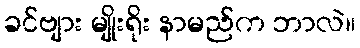
ခင်ဗျား မျိုးရိုး နာမည်က ဘာလဲ။